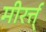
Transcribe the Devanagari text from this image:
मीरर्त्त्